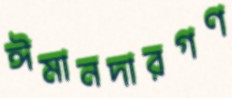
ঈমানদারগণ